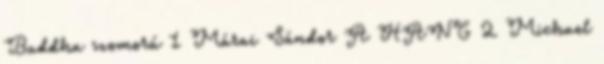
Buddha szomorú 1 Márai Sándor A HANG 2 Michael